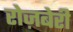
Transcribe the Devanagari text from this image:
रोज़बेरी